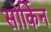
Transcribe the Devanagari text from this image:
सोर्किन